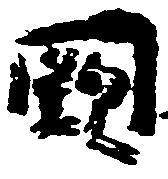
闕